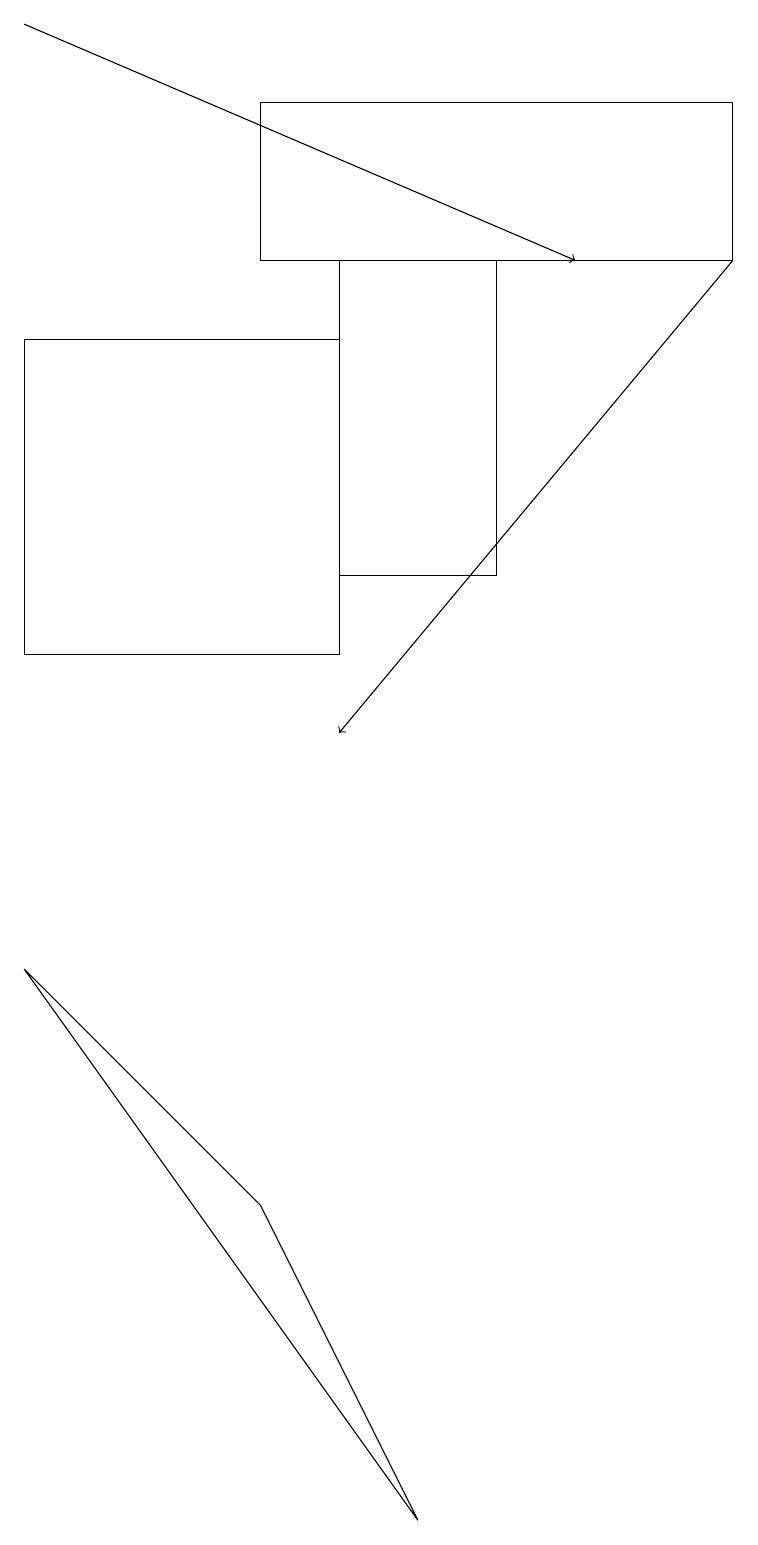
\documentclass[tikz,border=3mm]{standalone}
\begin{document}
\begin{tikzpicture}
\draw (3,4) -- (5,0) -- (0,7) -- cycle;
\draw (4,16) rectangle (6,12);
\draw[->] (9,16) -- (4,10);
\draw (4,11) rectangle (0,15);
\draw[->] (0,19) -- (7,16);
\draw (9,16) rectangle (3,18);
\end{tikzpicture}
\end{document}